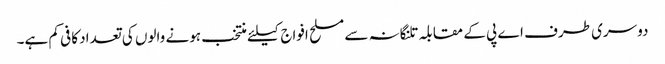
دوسری طرف اے پی کے مقابلہ تلنگانہ سے مسلح افواج کیلئے منتخب ہونے والوں کی تعداد کافی کم ہے۔